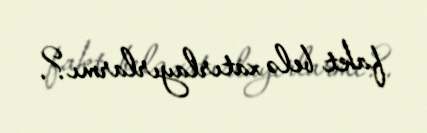
fakt belə xatırlayırlarmı?.